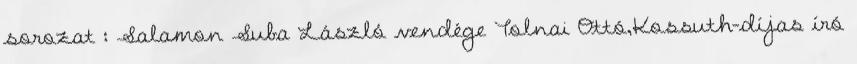
sorozat : Salamon Suba László vendége Tolnai Ottó,Kossuth-díjas író